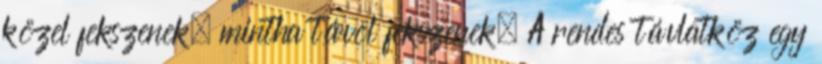
közel fekszenek, mintha távol fekszenek. A rendes távlatköz egy